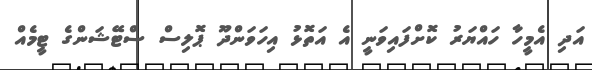
އަދި އެމީހާ ހައްޔަރު ކޮށްފައިވަނީ އެ އަތޮޅު އިހަވަންދޫ ޕޮލިސް ސްޓޭޝަންގެ ޓީމެއް